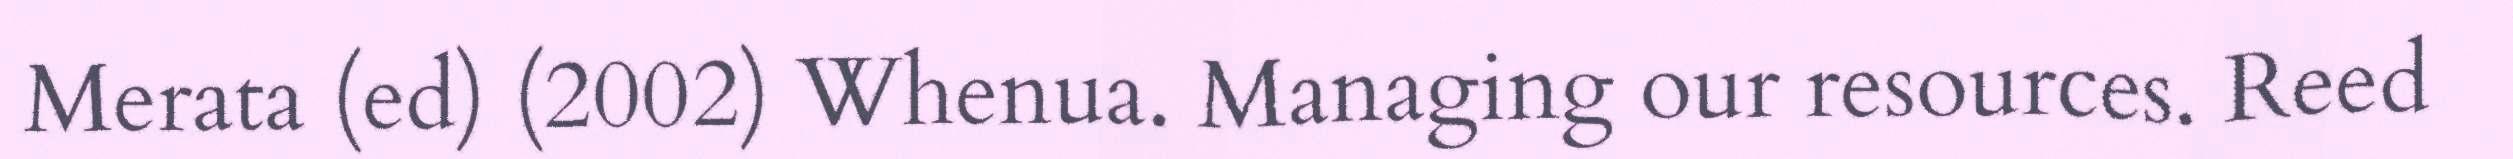
Merata (ed) (2002) Whenua. Managing our resources. Reed